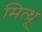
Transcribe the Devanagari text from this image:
मित्थू